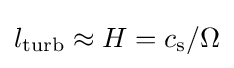
l_{\rm {turb}}\approx H=c_{\rm {s}}/\Omega